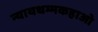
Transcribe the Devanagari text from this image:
न्यायधम्मकहाओ